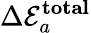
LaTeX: \Delta\mathcal{E}_{a}^{\mathbf{{total}}}